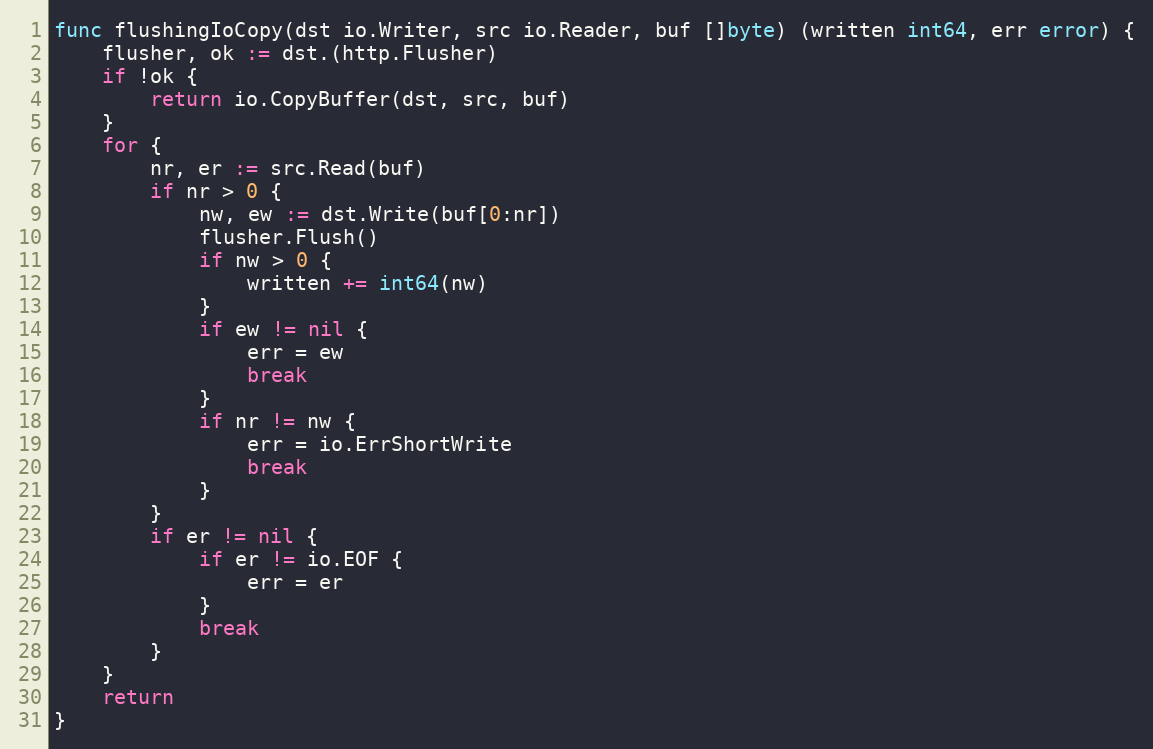
Language: Go
func flushingIoCopy(dst io.Writer, src io.Reader, buf []byte) (written int64, err error) {
	flusher, ok := dst.(http.Flusher)
	if !ok {
		return io.CopyBuffer(dst, src, buf)
	}
	for {
		nr, er := src.Read(buf)
		if nr > 0 {
			nw, ew := dst.Write(buf[0:nr])
			flusher.Flush()
			if nw > 0 {
				written += int64(nw)
			}
			if ew != nil {
				err = ew
				break
			}
			if nr != nw {
				err = io.ErrShortWrite
				break
			}
		}
		if er != nil {
			if er != io.EOF {
				err = er
			}
			break
		}
	}
	return
}